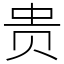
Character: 贵